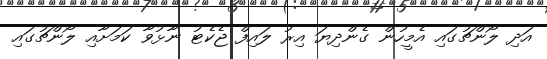
އަދި ލޯންޗުގައި އެމީހުން ގެންދިޔަ އިރު ލައިފް ޖެކެޓު ނާޅުވާ ކަމަށާއި ލޯންޗުގައި